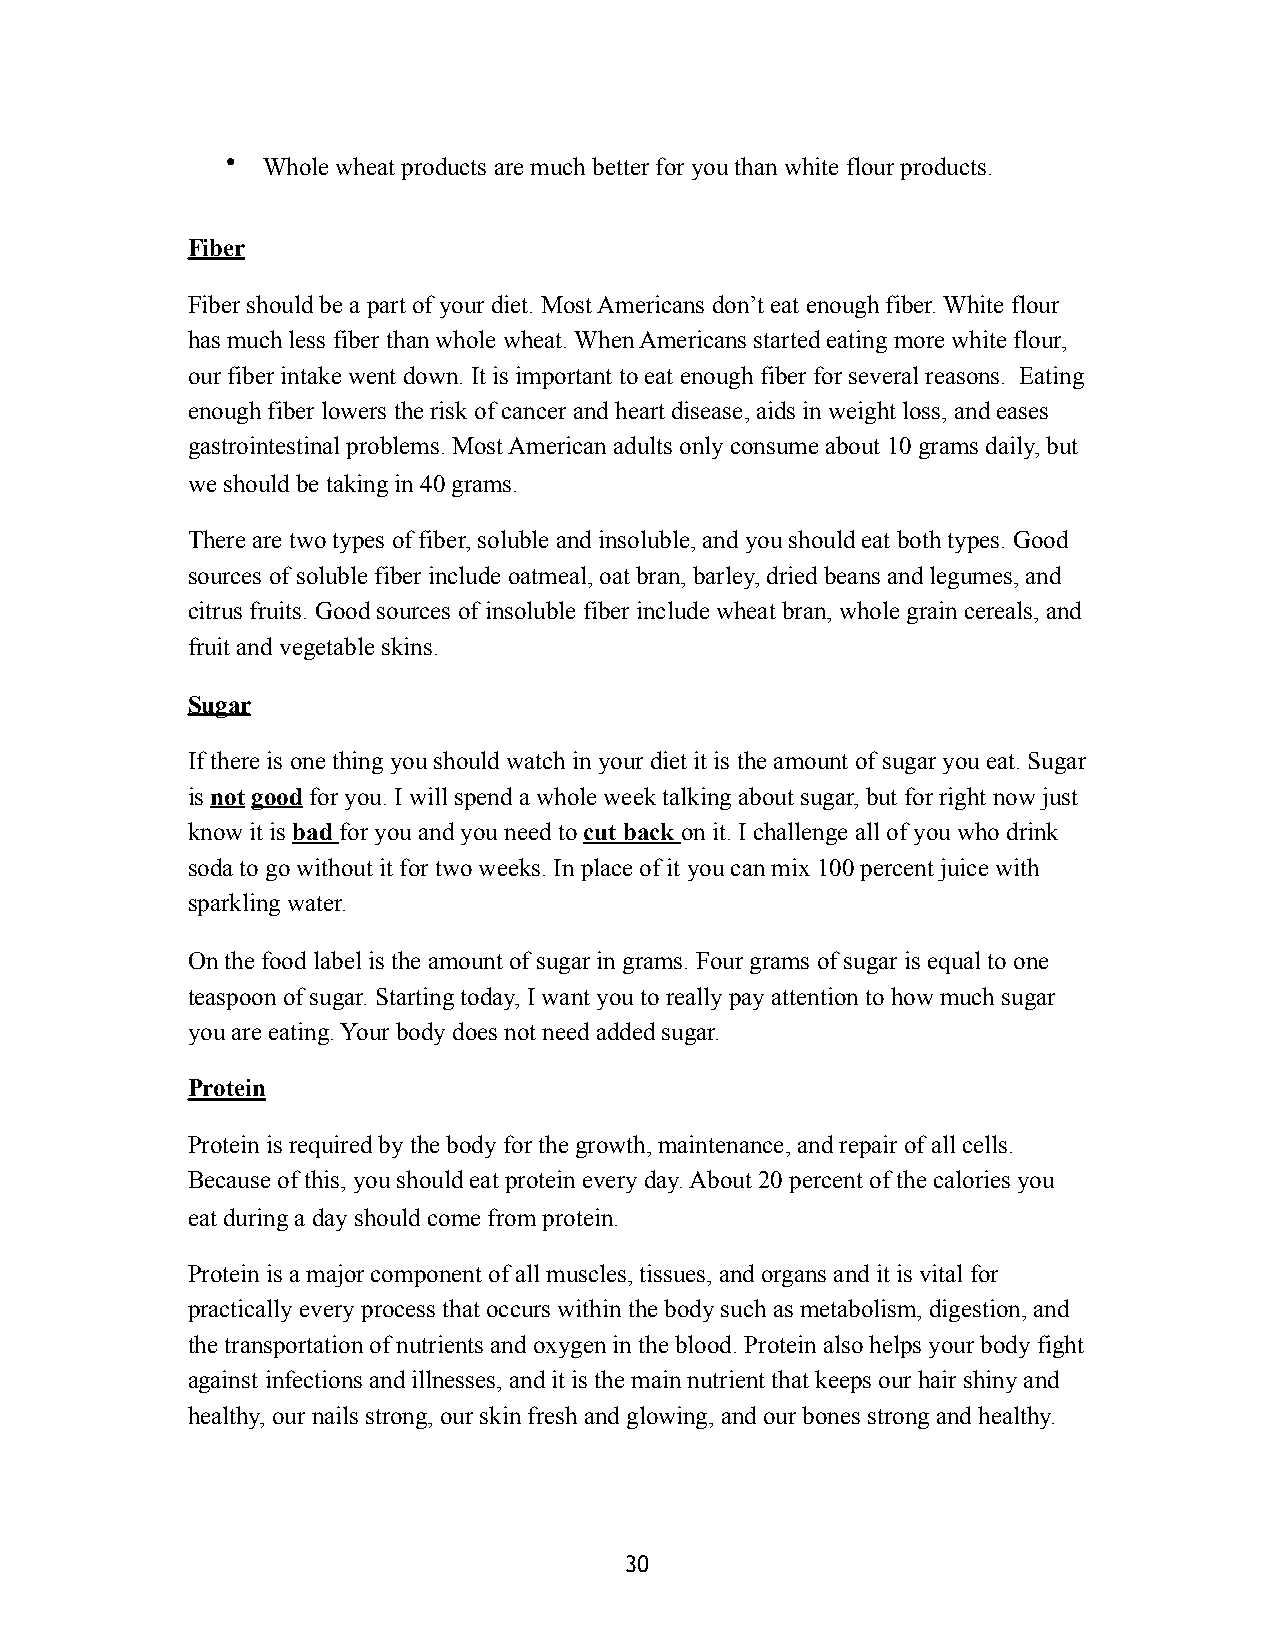
• Whole wheat products are much better for you than white flour products.
 Fiber
 Fiber should be a part of your diet. Most Americans don’t eat enough fiber. White flour
 has much less fiber than whole wheat. When Americans started eating more white flour,
 our fiber intake went down. It is important to eat enough fiber for several reasons. Eating
 enough fiber lowers the risk of cancer and heart disease, aids in weight loss, and eases
 gastrointestinal problems. Most American adults only consume about 10 grams daily, but
 we should be taking in 40 grams.
 There are two types of fiber, soluble and insoluble, and you should eat both types. Good
 sources of soluble fiber include oatmeal, oat bran, barley, dried beans and legumes, and
 citrus fruits. Good sources of insoluble fiber include wheat bran, whole grain cereals, and
 fruit and vegetable skins.
 Sugar
 If there is one thing you should watch in your diet it is the amount of sugar you eat. Sugar
 is not good for you. I will spend a whole week talking about sugar, but for right now just
 know it is bad for you and you need to cut back on it. I challenge all of you who drink
 soda to go without it for two weeks. In place of it you can mix 100 percent juice with
 sparkling water.
 On the food label is the amount of sugar in grams. Four grams of sugar is equal to one
 teaspoon of sugar. Starting today, I want you to really pay attention to how much sugar
 you are eating. Your body does not need added sugar.
 Protein
 Protein is required by the body for the growth, maintenance, and repair of all cells.
 Because of this, you should eat protein every day. About 20 percent of the calories you
 eat during a day should come from protein.
 Protein is a major component of all muscles, tissues, and organs and it is vital for
 practically every process that occurs within the body such as metabolism, digestion, and
 the transportation of nutrients and oxygen in the blood. Protein also helps your body fight
 against infections and illnesses, and it is the main nutrient that keeps our hair shiny and
 healthy, our nails strong, our skin fresh and glowing, and our bones strong and healthy.
 30